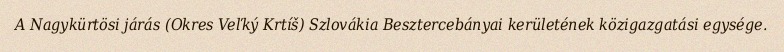
A Nagykürtösi járás (Okres Veľký Krtíš) Szlovákia Besztercebányai kerületének közigazgatási egysége.